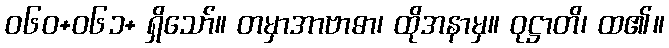
ဝ၆၀+၀၆၁+ ရှိသော်။ တမှာအာဗာဓာ၊ ထိုအနာမှ။ ဝုဋ္ဌာတိ၊ ထ၏။